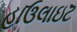
હાઉલાઇટ